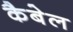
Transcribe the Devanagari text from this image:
कैबेल